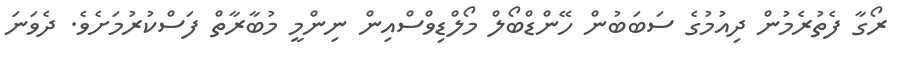
ރޯގާ ފެތުރެމުން ދިއުމުގެ ސަބަބުން ހޭންޑްބޯލް މޯލްޑިވްސްއިން ނިންމީ މުބާރާތް ފަސްކުރުމަށެވެ. ދެވަނަ